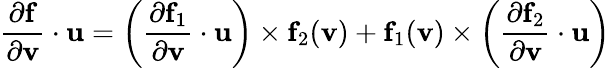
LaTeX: {\frac{\partial\mathbf{f}}{\partial\mathbf{v}}}\cdot\mathbf{u}=\left({\frac{\partial\mathbf{f}_{1}}{\partial\mathbf{v}}}\cdot\mathbf{u}\right)\times\mathbf{f}_{2}(\mathbf{v})+\mathbf{f}_{1}(\mathbf{v})\times\left({\frac{\partial\mathbf{f}_{2}}{\partial\mathbf{v}}}\cdot\mathbf{u}\right)